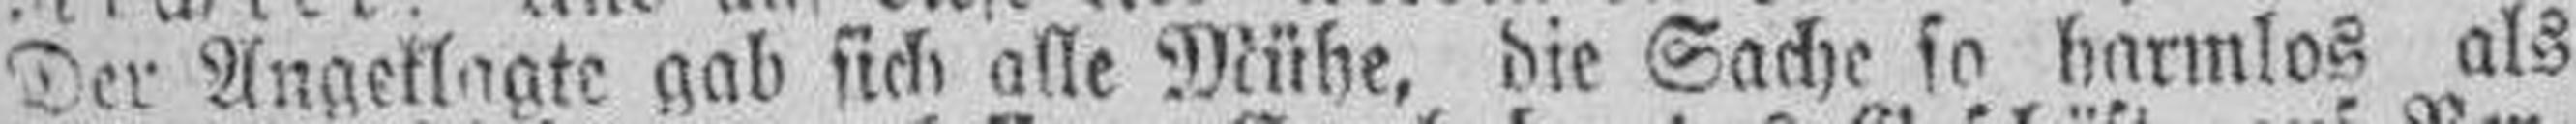
Der Angeklagte gab sich alle Mühe, die Sache so harmlos als